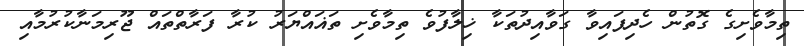
ތިމާވެށިގެ ގޮތުން ހެދިފައިވާ ގަވާއިދުތަކާ ޚިލާފުވެ ތިމާވެށި ތަޣައްޔަރު ކުރާ ފަރާތްތައް ޖޫރިމަނާކުރުމާއި